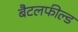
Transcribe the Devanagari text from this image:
बैटलफील्ड